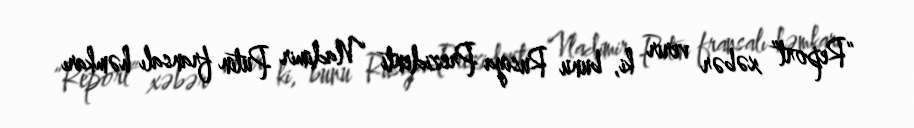
“Report” xəbər verir ki, bunu Rusiya Prezidenti Vladimir Putin fransalı həmkarı